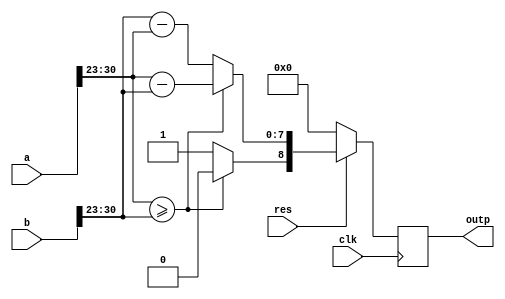
`timescale 1ns / 1ps
//////////////////////////////////////////////////////////////////////////////////
// Company: 
// Engineer: 
// 
// Design Name: 
// Module Name: small_Alu
// Project Name: 
// Target Devices: 
// Tool Versions: 
// Description: 
// 
// Dependencies: 
// 
// Revision:
// Revision 0.01 - File Created
// Additional Comments:
// 
//////////////////////////////////////////////////////////////////////////////////


module Small_Alu(clk, res, a, b, outp);
  input clk,res;
  input [31:0] a, b;
  reg [7:0] exp_a,exp_b;
  output reg [8:0] outp;
  
  always @(posedge clk)
    begin
      exp_a = a[30:23];
      exp_b = b[30:23];
      if(exp_a >= exp_b)
        begin
        outp[7:0] = exp_a - exp_b;
        outp[8] = 0;
        end
      else
        begin
          outp[7:0] = exp_b - exp_a;
          outp[8] = 1;
        end
      if(res == 0)
        outp = 0;
    end
endmodule